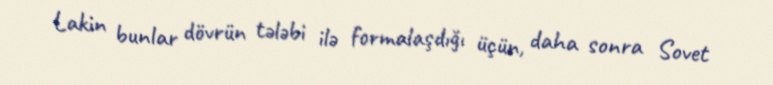
Lakin bunlar dövrün tələbi ilə formalaşdığı üçün, daha sonra Sovet